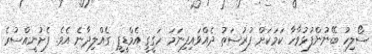
ސޯލިހު ބޭނުންފުޅުވާހާ ކަމަކަށް ފުރުސަތު ދެއްވައިފިނަމަ ހަގީގީ އެމްޑީޕީ ގެއްލިދާނެ އެވެ. ފެށުނީއްސުރެ